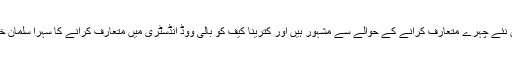
سلمان خان بالی ووڈ میں نئے چہرے متعارف کرانے کے حوالے سے مشہور ہیں اور کترینا کیف کو بالی ووڈ انڈسٹری میں متعارف کرانے کا سہرا سلمان خان کے سر ہی جاتا ہے۔